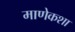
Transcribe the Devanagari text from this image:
माणेकशा